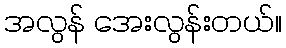
အလွန် အေးလွန်းတယ်။